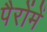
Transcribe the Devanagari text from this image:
पैरोंमें